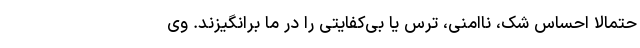
حتمالا احساس شک، ناامنی، ترس یا بی‌کفایتی را در ما برانگیزند. وی